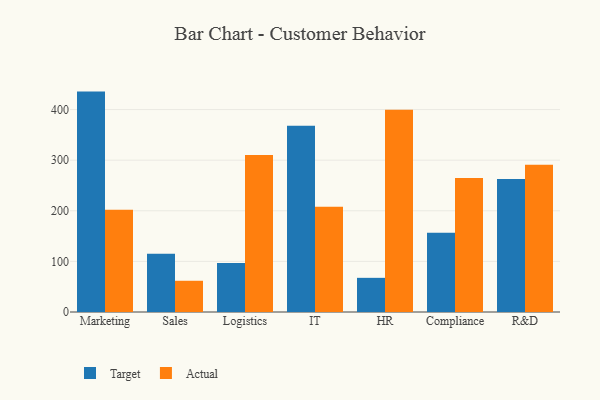
{"axis": {"x": "Department", "y": "Latency (ms)"}, "legend": ["Actual", "Target"], "data": [{"x": "Marketing", "y": 435.5, "type": "Target"}, {"x": "Marketing", "y": 201.9, "type": "Actual"}, {"x": "Sales", "y": 115.2, "type": "Target"}, {"x": "Sales", "y": 61.7, "type": "Actual"}, {"x": "Logistics", "y": 96.8, "type": "Target"}, {"x": "Logistics", "y": 310.2, "type": "Actual"}, {"x": "IT", "y": 368.1, "type": "Target"}, {"x": "IT", "y": 207.8, "type": "Actual"}, {"x": "HR", "y": 67.5, "type": "Target"}, {"x": "HR", "y": 399.6, "type": "Actual"}, {"x": "Compliance", "y": 156.7, "type": "Target"}, {"x": "Compliance", "y": 264.7, "type": "Actual"}, {"x": "R&D", "y": 262.6, "type": "Target"}, {"x": "R&D", "y": 290.8, "type": "Actual"}]}